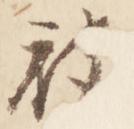
被